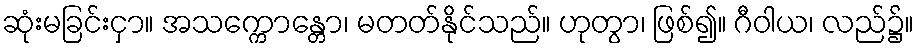
ဆုံးမခြင်းငှာ။ အသက္ကောန္တော၊ မတတ်နိုင်သည်။ ဟုတွာ၊ ဖြစ်၍။ ဂီဝါယ၊ လည်၌။